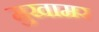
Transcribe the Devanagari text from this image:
मुखामर